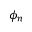
\phi _ { n }